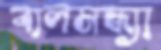
বালসন্ধ্যা